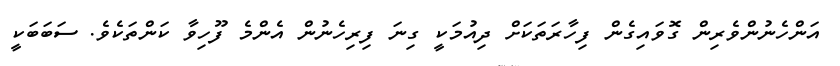
އަންހެނުންވެރިން ގޮވައިގެން ފިހާރަތަކަށް ދިއުމަކީ ގިނަ ފިރިހެނުން އެންމެ ފޫހިވާ ކަންތަކެވެ. ސަބަބަކީ